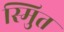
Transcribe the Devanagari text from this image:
स्मुित